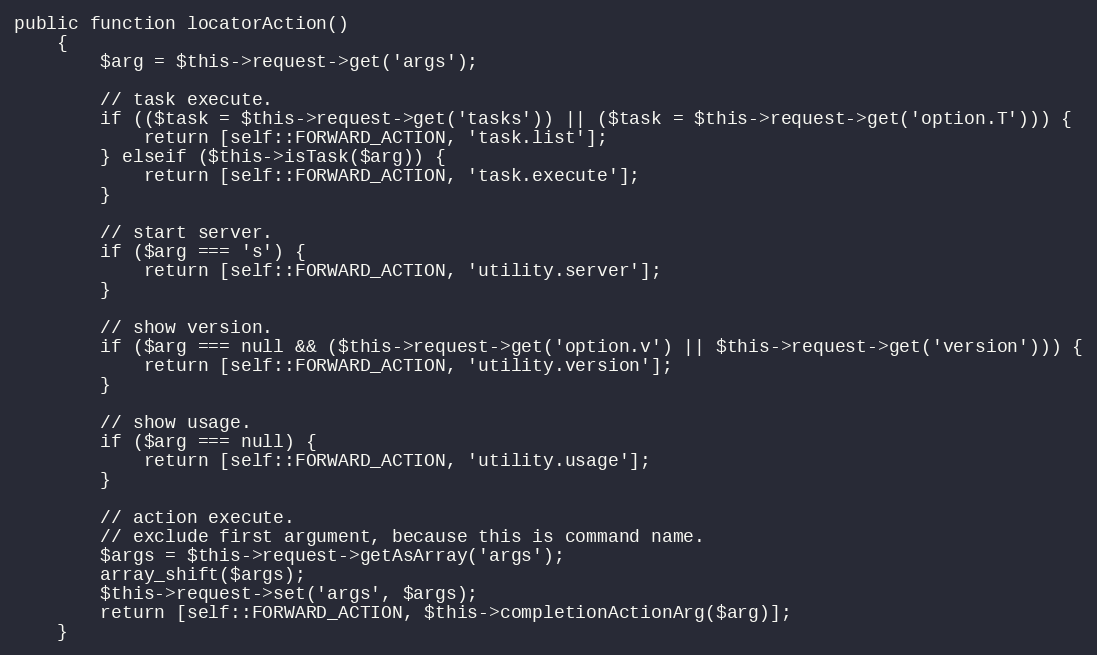
Language: PHP
public function locatorAction()
    {
        $arg = $this->request->get('args');

        // task execute.
        if (($task = $this->request->get('tasks')) || ($task = $this->request->get('option.T'))) {
            return [self::FORWARD_ACTION, 'task.list'];
        } elseif ($this->isTask($arg)) {
            return [self::FORWARD_ACTION, 'task.execute'];
        }

        // start server.
        if ($arg === 's') {
            return [self::FORWARD_ACTION, 'utility.server'];
        }

        // show version.
        if ($arg === null && ($this->request->get('option.v') || $this->request->get('version'))) {
            return [self::FORWARD_ACTION, 'utility.version'];
        }

        // show usage.
        if ($arg === null) {
            return [self::FORWARD_ACTION, 'utility.usage'];
        }

        // action execute.
        // exclude first argument, because this is command name.
        $args = $this->request->getAsArray('args');
        array_shift($args);
        $this->request->set('args', $args);
        return [self::FORWARD_ACTION, $this->completionActionArg($arg)];
    }